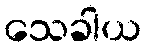
သေခါယ